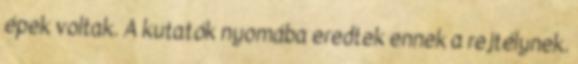
épek voltak. A kutatók nyomába eredtek ennek a rejtélynek.